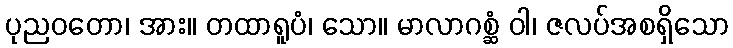
ပုညဝတော၊ အား။ တထာရူပံ၊ သော။ မာလာဂစ္ဆံ ဝါ၊ ဇလပ်အစရှိသော